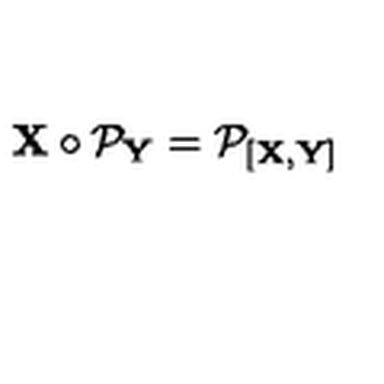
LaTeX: { \bf X } \circ { \cal P } _ { \bf Y } = { \cal P } _ { [ { \bf X } , { \bf Y } ] }